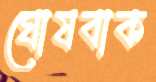
ঘোষবাক